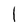
Character: l